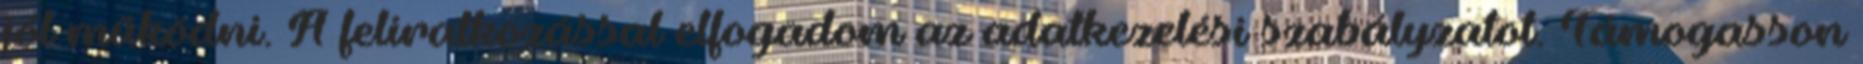
jól működni. A feliratkozással elfogadom az adatkezelési szabályzatot. Támogasson